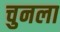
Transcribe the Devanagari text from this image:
चुनला